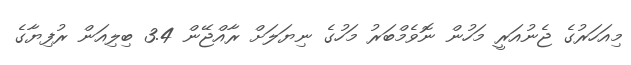
މިއަހަރުގެ ޖެނުއަރީ މަހުން ނޮވެމްބަރު މަހުގެ ނިޔަލަށް ރާއްޖޭން 3.4 ބިލިއަން ރުފިޔާގެ